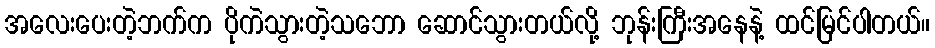
အလေးပေးတဲ့ဘက်က ပိုကဲသွားတဲ့သဘော ဆောင်သွားတယ်လို့ ဘုန်းကြီးအနေနဲ့ ထင်မြင်ပါတယ်။